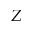
Z